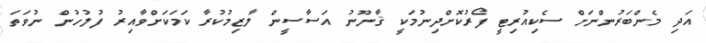
އަދި މެންބަރުންނަށް ސެކިއުރިޓީ ފޯރުކޮށްދިނުމަކީ ޤާނޫނު އަސާސީން ލާޒިމުކުރާ ކަމަކަށްވާއިރު ފުލުހުން ނުވަތަ